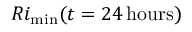
R i _ { \operatorname* { m i n } } ( t = 2 4 \, \mathrm { { h o u r s } ) }